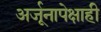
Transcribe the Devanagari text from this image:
अर्जूनापेक्षाही